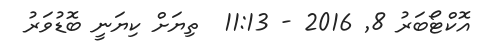
އޮކްޓޯބަރު 8